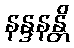
နန္ဒနန္တိ